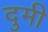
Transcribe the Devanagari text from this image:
दुमी